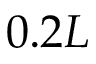
0 . 2 L